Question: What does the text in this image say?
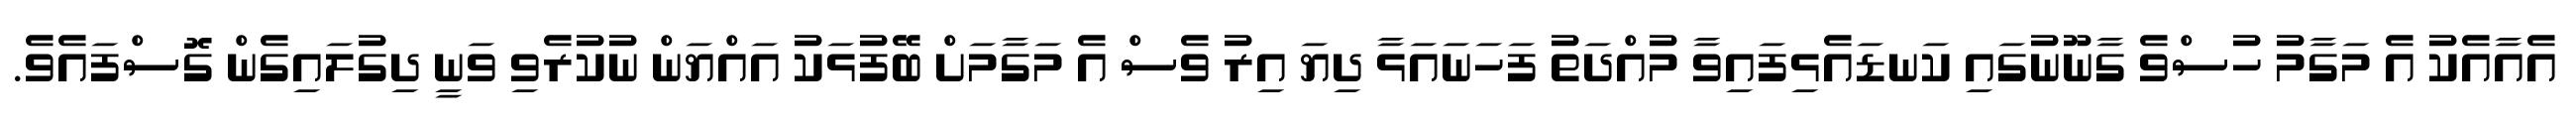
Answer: އެއާއެކު އެ މަގާމު ހުސްވެ ގާނޫނުގައި ކަނޑައެޅިފައިވާ މުއްދަތު ފަހަނައަޅާ ދިޔަ އިރު ވެސް އެ މަގާމަށް ބޭފުޅަކު އައްޔަން ނުކުރެވި ވަނީ ދިގުލައިގެން ގޮސްފައެވެ.